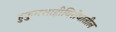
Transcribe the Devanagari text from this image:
हुकुमशाहीविरोधातील